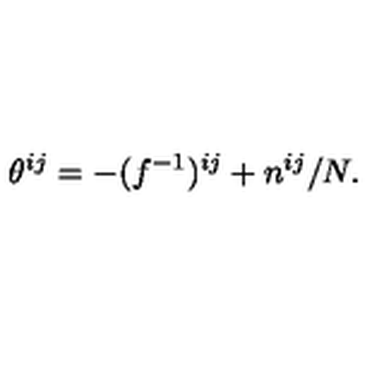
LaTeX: \theta ^ { i j } = - ( f ^ { - 1 } ) ^ { i j } + n ^ { i j } / N .